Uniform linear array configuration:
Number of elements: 8
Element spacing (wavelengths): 0.5
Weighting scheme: uniform
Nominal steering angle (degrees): -30
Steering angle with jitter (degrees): -31.137
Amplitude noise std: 0.05
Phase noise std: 0.05

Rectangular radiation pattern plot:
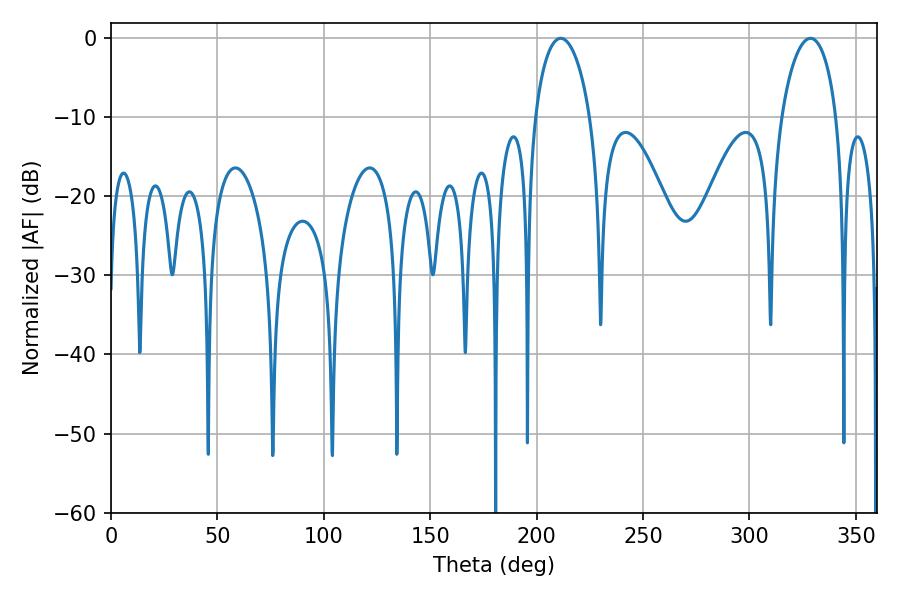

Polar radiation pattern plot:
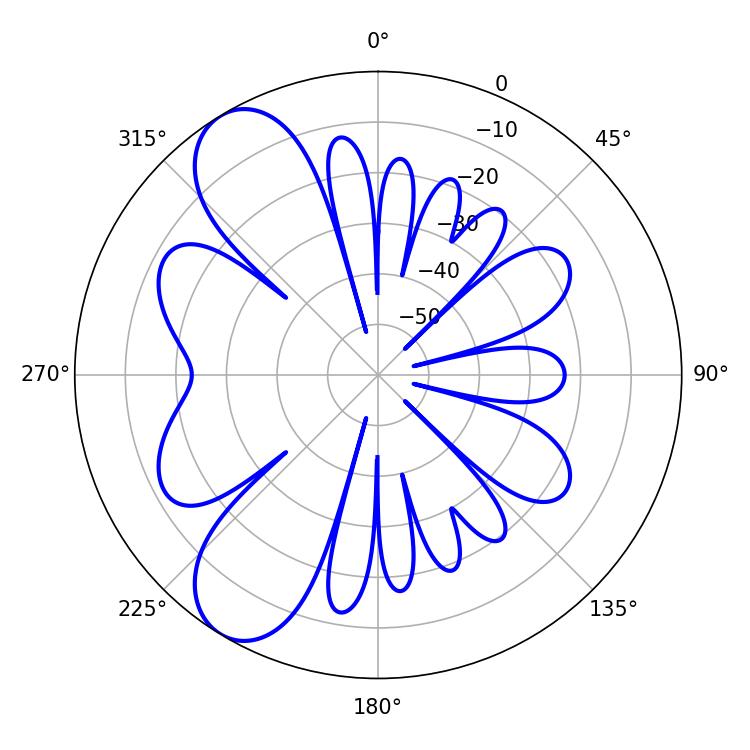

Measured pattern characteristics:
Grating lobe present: FALSE
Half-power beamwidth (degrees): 14.94
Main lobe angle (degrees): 211.32